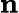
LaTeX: \displaystyle\mathbf{n}